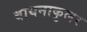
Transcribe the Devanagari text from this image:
बायनाकुलर